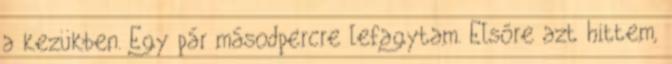
a kezükben. Egy pár másodpercre lefagytam. Elsőre azt hittem,